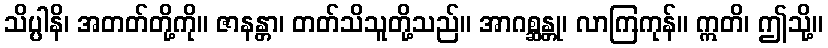
သိပ္ပါနိ၊ အတတ်တို့ကို။ ဇာနန္တာ၊ တတ်သိသူတို့သည်။ အာဂစ္ဆန္တု၊ လာကြကုန်။ ဣတိ၊ ဤသို့။